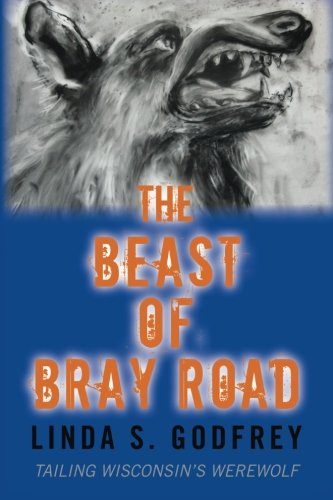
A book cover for The Beast of Bray Road: Tailing Wisconsin's Werewolf; Linda S. Godfrey; Religion & Spirituality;